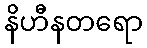
နိဟီနတရော